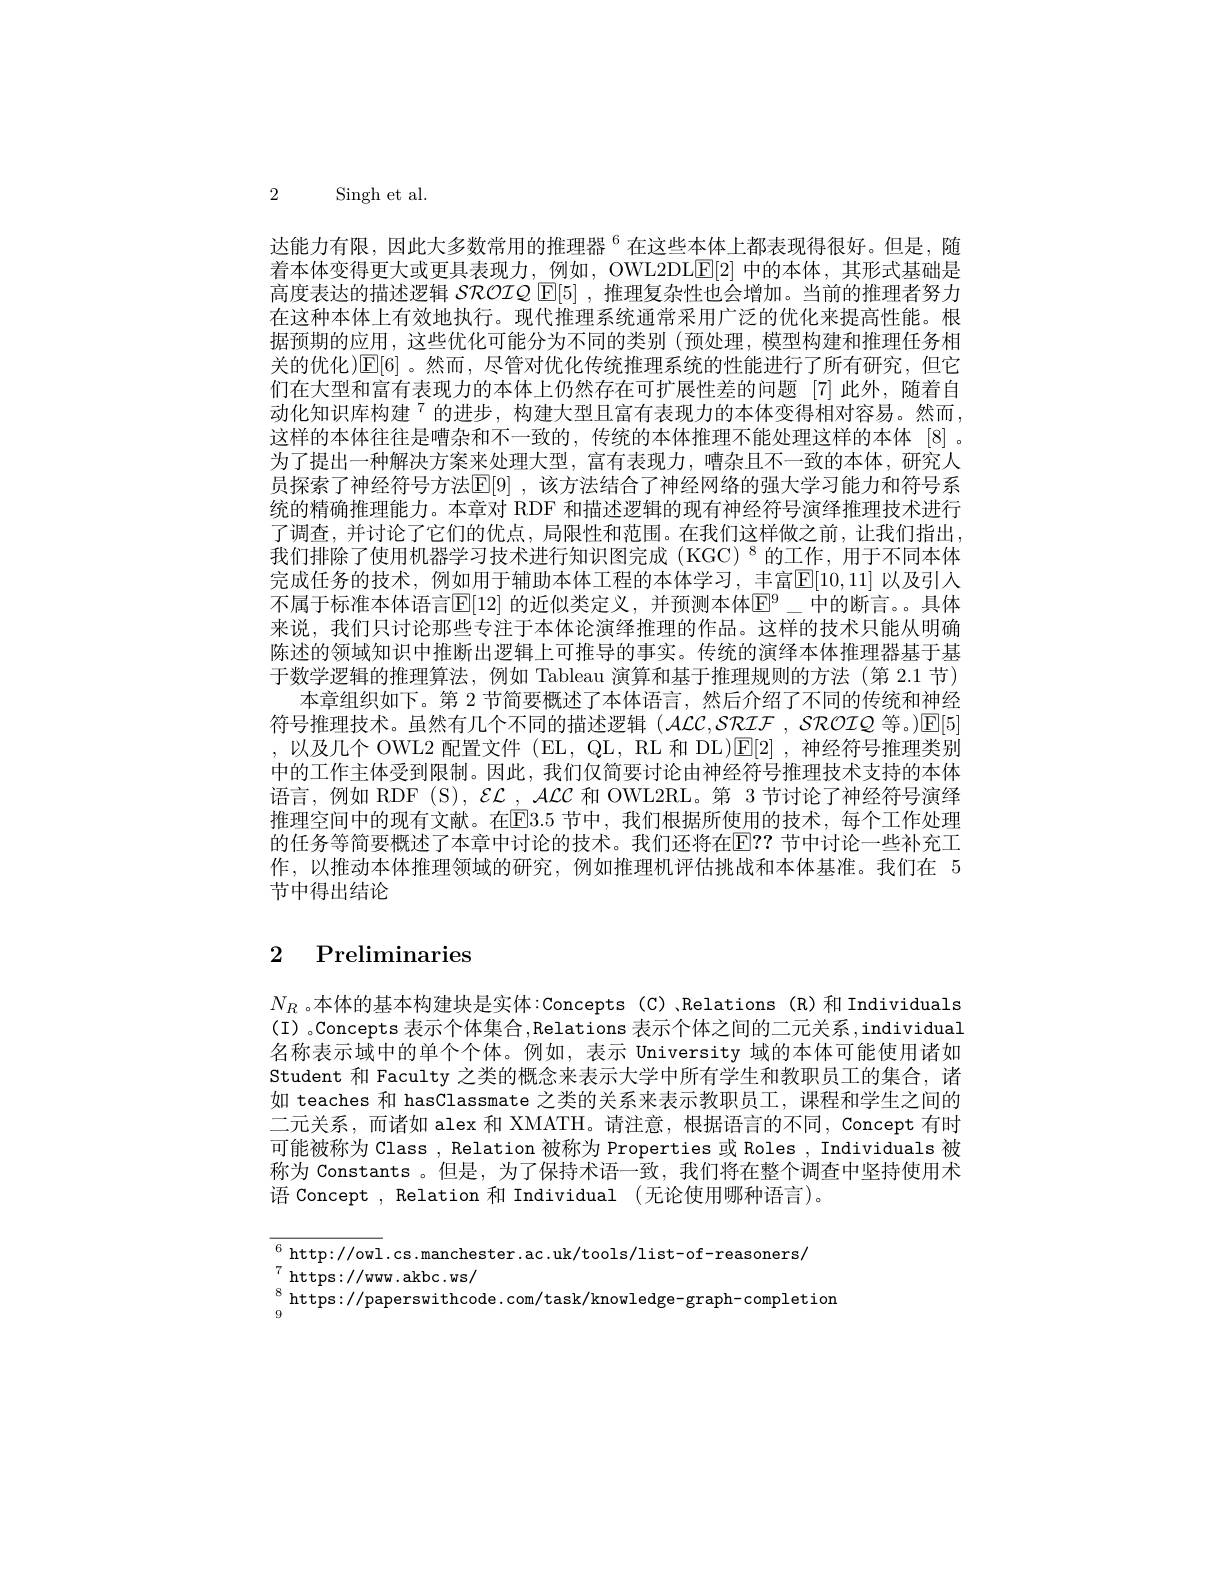
2 Singh et al.

达能力有限，因此大多数常用的推理器$^{6}$在这些本体上都表现得很好。但是，随着本体变得更大或更具表现力，例如，OWL2DLE[2] 中的本体，其形式基础是高度表达的描述逻辑 SROIQ $\mathbb{E}[5]$ ,推理复杂性也会增加。当前的推理者努力在这种本体上有效地执行。现代推理系统通常采用广泛的优化来提高性能。根据预期的应用，这些优化可能分为不同的类别(预处理，模型构建和推理任务相关的优化)E[6]。然而，尽管对优化传统推理系统的性能进行了所有研究，但它们在大型和富有表现力的本体上仍然存在可扩展性差的问题 [7]此外，随着自动化知识库构建$^{7}$的进步，构建大型且富有表现力的本体变得相对容易。然而， 这样的本体往往是嘈杂和不一致的，传统的本体推理不能处理这样的本体 [8] 。为了提出一种解决方案来处理大型，富有表现力，嘈杂且不一致的本体，研究人员探索了神经符号方法[E[9] ,该方法结合了神经网络的强大学习能力和符号系统的精确推理能力。本章对 RDF 和描述逻辑的现有神经符号演绎推理技术进行了调查，并讨论了它们的优点，局限性和范围。在我们这样做之前，让我们指出， 我们排除了使用机器学习技术进行知识图完成(KGC)$^{8}$的工作，用于不同本体完成任务的技术，例如用于辅助本体工程的本体学习，丰富$\mathbb{E}[10,11]$ 以及引入不属于标准本体语言$\overline{\mathrm{E}}[12]$ 的近似类定义，并预测本体$\mathbb{E}^9\_$中的断言。具体来说，我们只讨论那些专注于本体论演绎推理的作品。这样的技术只能从明确陈述的领域知识中推断出逻辑上可推导的事实。传统的演绎本体推理器基于基于数学逻辑的推理算法，例如 Tableau 演算和基于推理规则的方法 (第 2.1 节)
本章组织如下。第 2 节简要概述了本体语言，然后介绍了不同的传统和神经符号推理技术。虽然有几个不同的描述逻辑$(\mathcal{A}\mathcal{L}\mathcal{C},\mathcal{SRIF},\mathcal{SROIQ}$等。)回[5] ,以及几个 OWL2 配置文件 (EL, QL, RL 和 DL)[E[2],神经符号推理类别中的工作主体受到限制。因此，我们仅简要讨论由神经符号推理技术支持的本体语言，例如 RDF(S), $\mathcal{EL}_{-},\mathcal{ALC}$和 OWL2RL。第 3 节讨论了神经符号演绎推理空间中的现有文献。在$\mathbb{E}$3.5 节中，我们根据所使用的技术，每个工作处理的任务等简要概述了本章中讨论的技术。我们还将在$\mathbb{E}??$ 节中讨论一些补充工作，以推动本体推理领域的研究，例如推理机评估挑战和本体基准。我们在 5节中得出结论

# 2 Preliminaries

$N_R$ 。本体的基本构建块是实体：Concepts(C) ,Relations (R)和 Individuals (I) 。Concepts 表示个体集合，Relations 表示个体之间的二元关系，individual 名称表示域中的单个个体。例如，表示 University 域的本体可能使用诸如Student 和 Faculty 之类的概念来表示大学中所有学生和教职员工的集合，诸如 teaches 和 hasClassmate 之类的关系来表示教职员工，课程和学生之间的二元关系，而诸如 alex 和 XMATH。请注意，根据语言的不同，Concept 有时可能被称为 Class , Relation 被称为 Properties 或 Roles , Individuals 被称为 Constants 。但是，为了保持术语一致，我们将在整个调查中坚持使用术语 Concept , Relation 和 Individual (无论使用哪种语言)。
$$\begin{aligned}&^6\text{http://owl}.\text{cs.manchester.ac.uk/tools/list-of-reasoners/}\\&^7\text{https://www.akbc.ws/}\\&^8\text{https://paperswithcode.com/task/knowledge-graph-completion}\end{aligned}$$